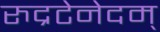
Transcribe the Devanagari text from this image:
रुद्रटेनेदम्